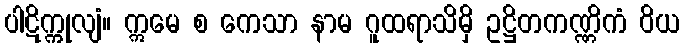
ပါဋိက္ကုလျံ။ ဣမေ စ ကေသာ နာမ ဂူထရာသိမှိ ဥဋ္ဌိတကဏ္ဏိကံ ဝိယ